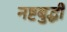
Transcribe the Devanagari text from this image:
नष्टबुद्धी